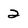
Character: 2